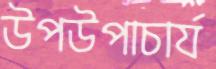
উপউপাচার্য